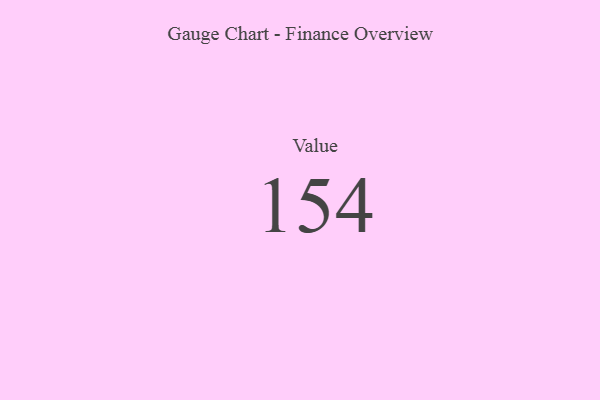
{"axis": {"x": "Metric", "y": "Value"}, "legend": [""], "data": [{"x": "Value", "y": 154, "type": ""}]}